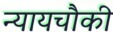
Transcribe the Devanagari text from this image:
न्यायचौकी